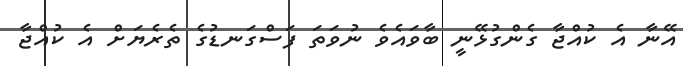
އޭނާ އެ ކުއްޖާ ގެންގުޅޭނީ ބާވައެވެ ނުވަތަ ފަސްގަނޑުގެ ތެރެޔަށް އެ ކުއްޖާ